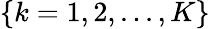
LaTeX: \{ k=1,2,...,K\}